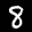
Digit: 8